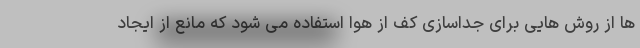
ها از روش هایی برای جداسازی کف از هوا استفاده می شود که مانع از ایجاد